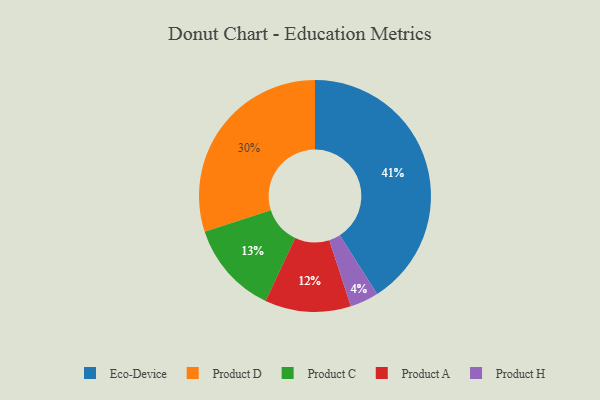
{"axis": {"x": "Category", "y": "Percentage"}, "legend": ["Eco-Device", "Product A", "Product C", "Product D", "Product H"], "data": [{"x": "Product A", "y": 12, "type": "Product A"}, {"x": "Product C", "y": 13, "type": "Product C"}, {"x": "Product D", "y": 30, "type": "Product D"}, {"x": "Product H", "y": 4, "type": "Product H"}, {"x": "Eco-Device", "y": 41, "type": "Eco-Device"}]}